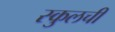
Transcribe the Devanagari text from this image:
स्कुलची